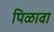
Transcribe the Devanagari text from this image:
पिळावा